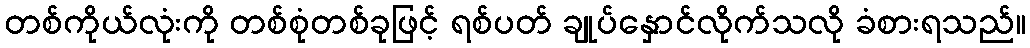
တစ်ကိုယ်လုံးကို တစ်စုံတစ်ခုဖြင့် ရစ်ပတ် ချုပ်နှောင်လိုက်သလို ခံစားရသည်။